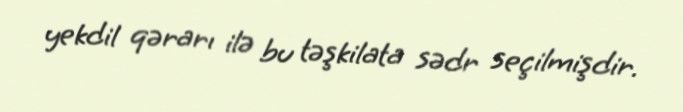
yekdil qərarı ilə bu təşkilata sədr seçilmişdir.